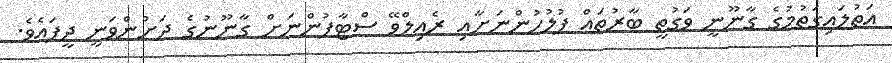
އަތުލައިގަތުމުގެ ގާނޫނީ ވަގުތީ ބާރުތައް ފުލުހުންނަށާއި ރެއިލްވޭ ސްޓާފުންނަށް ގާނޫނުގެ ދަށުންވަނީ ދީފައެވެ.